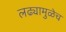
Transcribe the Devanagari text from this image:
लढ्यामुळेच